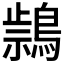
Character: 𪃚